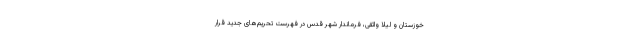
خوزستان و لیلا واثقی، فرماندار شهر قدس در فهرست تحریم‌های جدید قرار